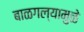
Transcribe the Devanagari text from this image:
बाळगल्यामुळे